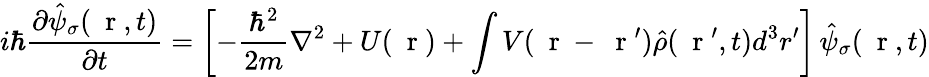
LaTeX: i\hbar\frac{\partial\hat{\psi}_{\sigma}(\mathrm{~\mathbf~r~},t)}{\partial t}=\left[-\frac{\hbar^{2}}{2m}\nabla^{2}+U(\mathrm{~\mathbf~r~})+\int V(\mathrm{~\mathbf~r~}-\mathrm{~\mathbf~r~}^{\prime})\hat{\rho}(\mathrm{~\mathbf~r~}^{\prime},t)d^{3}r^{\prime}\right]\, \hat{\psi}_{\sigma}(\mathrm{~\mathbf~r~},t)